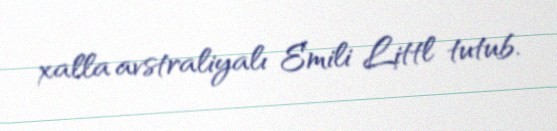
xalla avstraliyalı Emili Littl tutub.